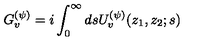
G _ { v } ^ { ( \psi ) } = i \int _ { 0 } ^ { \infty } d s U _ { v } ^ { ( \psi ) } ( z _ { 1 } , z _ { 2 } ; s )